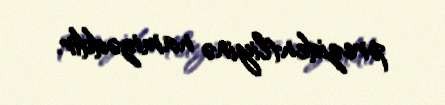
prezidentliyinə namizəddir.